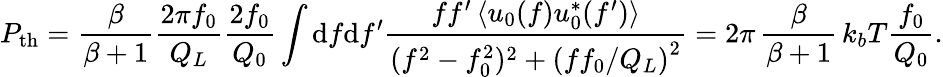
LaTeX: P_{\mathrm{th}}=\frac{\beta}{\beta+1}\frac{2\pi f_{0}}{Q_{L}}\frac{2f_{0}}{Q_{0}}\int\mathrm{d}f\mathrm{d}f^{\prime}\frac{ff^{\prime}\, \langle u_{0}(f)u_{0}^{*}(f^{\prime})\rangle}{(f^{2}-f_{0}^{2})^{2}+\left(ff_{0}/Q_{L}\right)^{2}}=2\pi\, \frac{\beta}{\beta+1}\, k_{b}T\frac{f_{0}}{Q_{0}}.